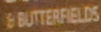
6 BUTTERFIELDS